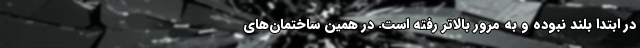
در ابتدا بلند نبوده و به مرور بالاتر رفته است. در همین ساختمان‌های